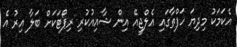
އެކަމަކު މިދިޔަ ހަފްތާގައި އެލްޖީއޭ އިން ޝާއިއުކުރި ރިޕޯޓަކަށް ބަލާ އިރު އެ